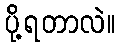
ပို့ရတာလဲ။